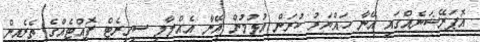
އޮޕަރޭޝަނެއްގައި އޭނާ ހައްޔަރު ކުރަން އުޅުމުން އޭނާ އެއްލާލި ސިގިރެޓް ފޮއްޓެއްގެ ތެރެއިން